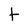
Character: t